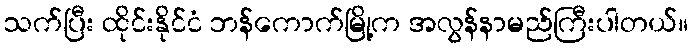
သက်ပြီး ထိုင်းနိုင်ငံ ဘန်ကောက်မြို့က အလွန်နာမည်ကြီးပါတယ်။